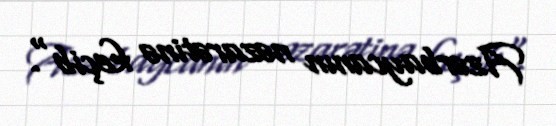
Azərbaycanın nəzarətinə keçib".